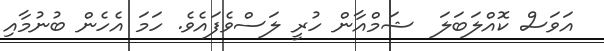
އަވަސް ކޮއްލަބަލަ  ޝަމްއާން ހުރީ ލަސްވެފައެވެ. ހަމަ އެހެން ބުނުމާއި